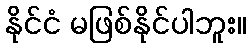
နိုင်ငံ မဖြစ်နိုင်ပါဘူး။